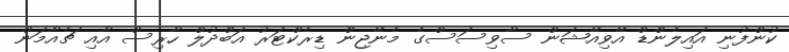
ކުންފުނި އައިލެންޑް އޭވިއޭޝަން ސާވިސަސްގެ މެނޭޖިން ޑިރެކްޓަރު އަބްދުލް ހާރިސް އާއި ޗެއާމަން